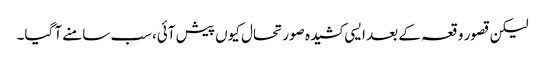
لیکن قصور وقعہ کے بعد ایسی کشیدہ صورتحال کیوں پیش آئی،سب سامنے آ گیا۔